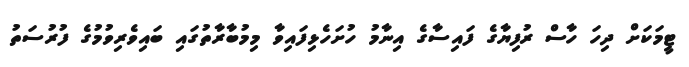
ޓީމަކަށް ދިހަ ހާސް ރުފިޔާގެ ފައިސާގެ އިނާމު ހުށަހެޅިފައިވާ މިމުބާރާތުގައި ބައިވެރިވުމުގެ ފުރުސަތު